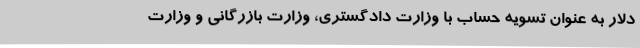
دلار به عنوان تسویه حساب با وزارت دادگستری، وزارت بازرگانی و وزارت